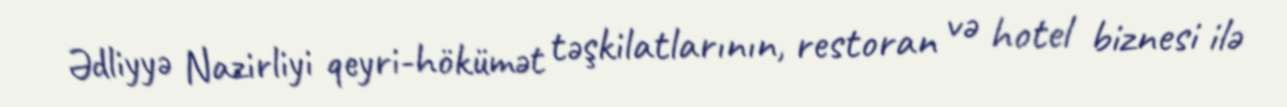
Ədliyyə Nazirliyi qeyri-hökümət təşkilatlarının, restoran və hotel biznesi ilə